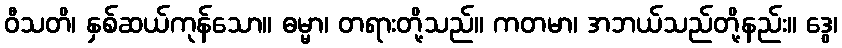
ဝီသတိ၊ နှစ်ဆယ်ကုန်သော။ ဓမ္မာ၊ တရားတို့သည်။ ကတမာ၊ အဘယ်သည်တို့နည်း။ ဒွေ၊